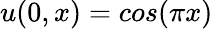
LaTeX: u(0,x)=cos(\pi x)